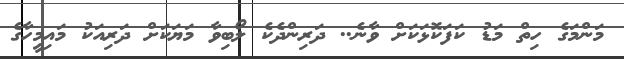
މަންމަގެ ހިތް މަޑު ކަފަކޮޅަކަށް ވާނެ.. ދަރިންދެކެ ލޯބިވާ މަޔަކަށް ދަރިއަކު މައިމީހާގެ